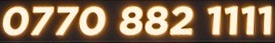
0770 882 1111